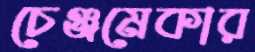
চেঞ্জমেকার